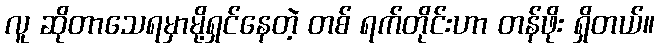
လူ ဆိုတာသေရမှာမို့ရှင်နေတဲ့ တစ် ရက်တိုင်းဟာ တန်ဖိုး ရှိတယ်။